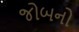
જોબનો